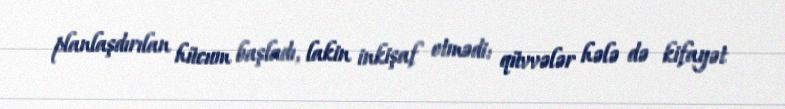
planlaşdırılan hücum başladı, lakin inkişaf etmədi: qüvvələr hələ də kifayət